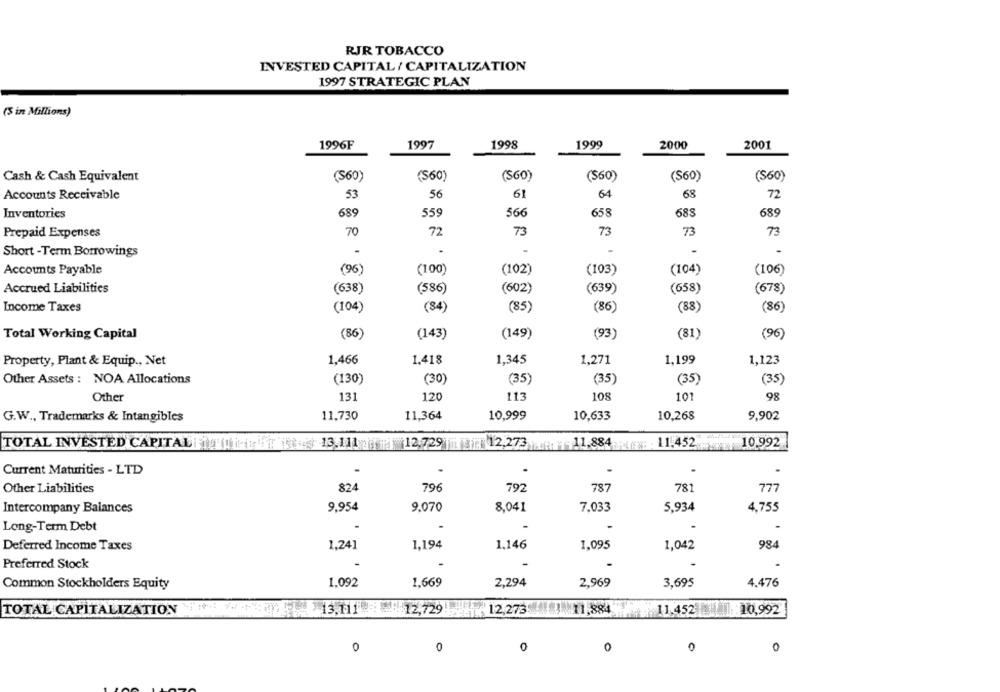
RJR TOBACCO
INVESTED CAPITAL / CAPITALIZATION
1997 STRATEGIC PLAN
(5 in Millions)
1996F
1997
1998
1999
2000
2001
Cash & Cash Equivalent
(S60)
(560)
(SGO)
(S60)
(S60)
(S60)
61
64
68
72
Accounts Receivable
53
56
Inventories
689
559
566
658
683
689
Prepaid Expenses
70
72
73
73
73
73
Short -Term Borrowings
-
(96)
Accounts Payable
(100)
(102)
(103)
(104)
(106)
Accrued Liabilities
(638)
(586)
(602)
(639)
(658)
(678)
Income Taxes
(104)
(84)
(85)
(86)
(88)
(86)
Total Working Capital
(86)
(143)
(149)
(93)
(81)
(96)
1.466
1.418
Property, Plant & Equip ., Net
1,345
1,271
1,199
1,123
Other Assets : NOA Allocations
(130)
(30)
(35)
(35)
(35)
(35)
108
Other
131
120
113
101
98
11,364
10,633
G.W ., Trademarks & Intangibles
11,730
10,999
10,268
9,902
11,884
11.452
10.992
TOTAL INVESTED CAPITAL 13.111 12.729 12.273
Current Maturities - LTD
.
Other Liabilities
824
796
792
787
781
777
Intercompany Balances
9,954
9.070
8,041
7.033
5,934
4.755
Long-Term Debt
Deferred Income Taxes
1,241
1.194
1.146
1.095
1,042
984
Preferred Stock
.
-
Common Stockholders Equity
1.092
1,669
2,294
2,969
3,695
4,476
TOTAL CAPITALIZATION * ***
13,111 : 12,729!
12,273] 11,884
11.45238400
:10,992
0
0
0
0
0